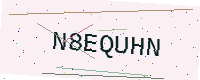
Text: N8EQUHN